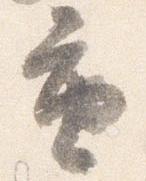
重